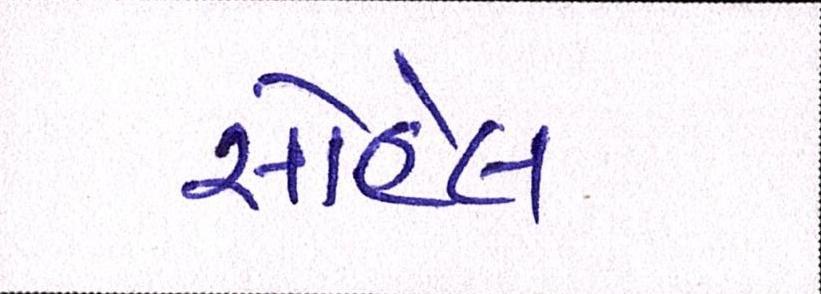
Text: સોહેલ